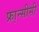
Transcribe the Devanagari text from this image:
फ्रा़न्सीसी